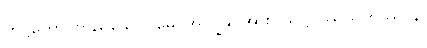
တိဋ္ဌတော၊ တည်သော။ မေ၊ အကျွန်ုပ်အား။ သဋ္ဌိဝဿသဟဿာနိ၊